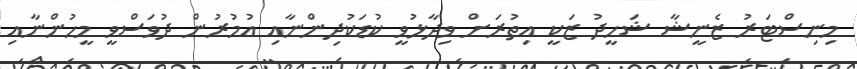
މިނިސްޓަރު ޒެނީޝާ ޝަހީދު ޒަކީ އިތުރަށް ވިދާޅުވީ ކުޑަކުދިންނާއި އުމުރުން ދުވަސްވީ މީހުންނާއި